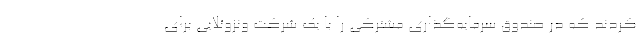
کردند که در صندوق سرمایه‌گذاری مشترکی را با یک شرکت ونزوئلایی برای